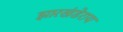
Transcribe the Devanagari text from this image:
झारखंडेराय